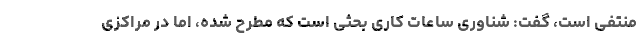
منتفی است، گفت: شناوری ساعات کاری بحثی است که مطرح شده، اما در مراکزی